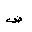
Letter: _dad